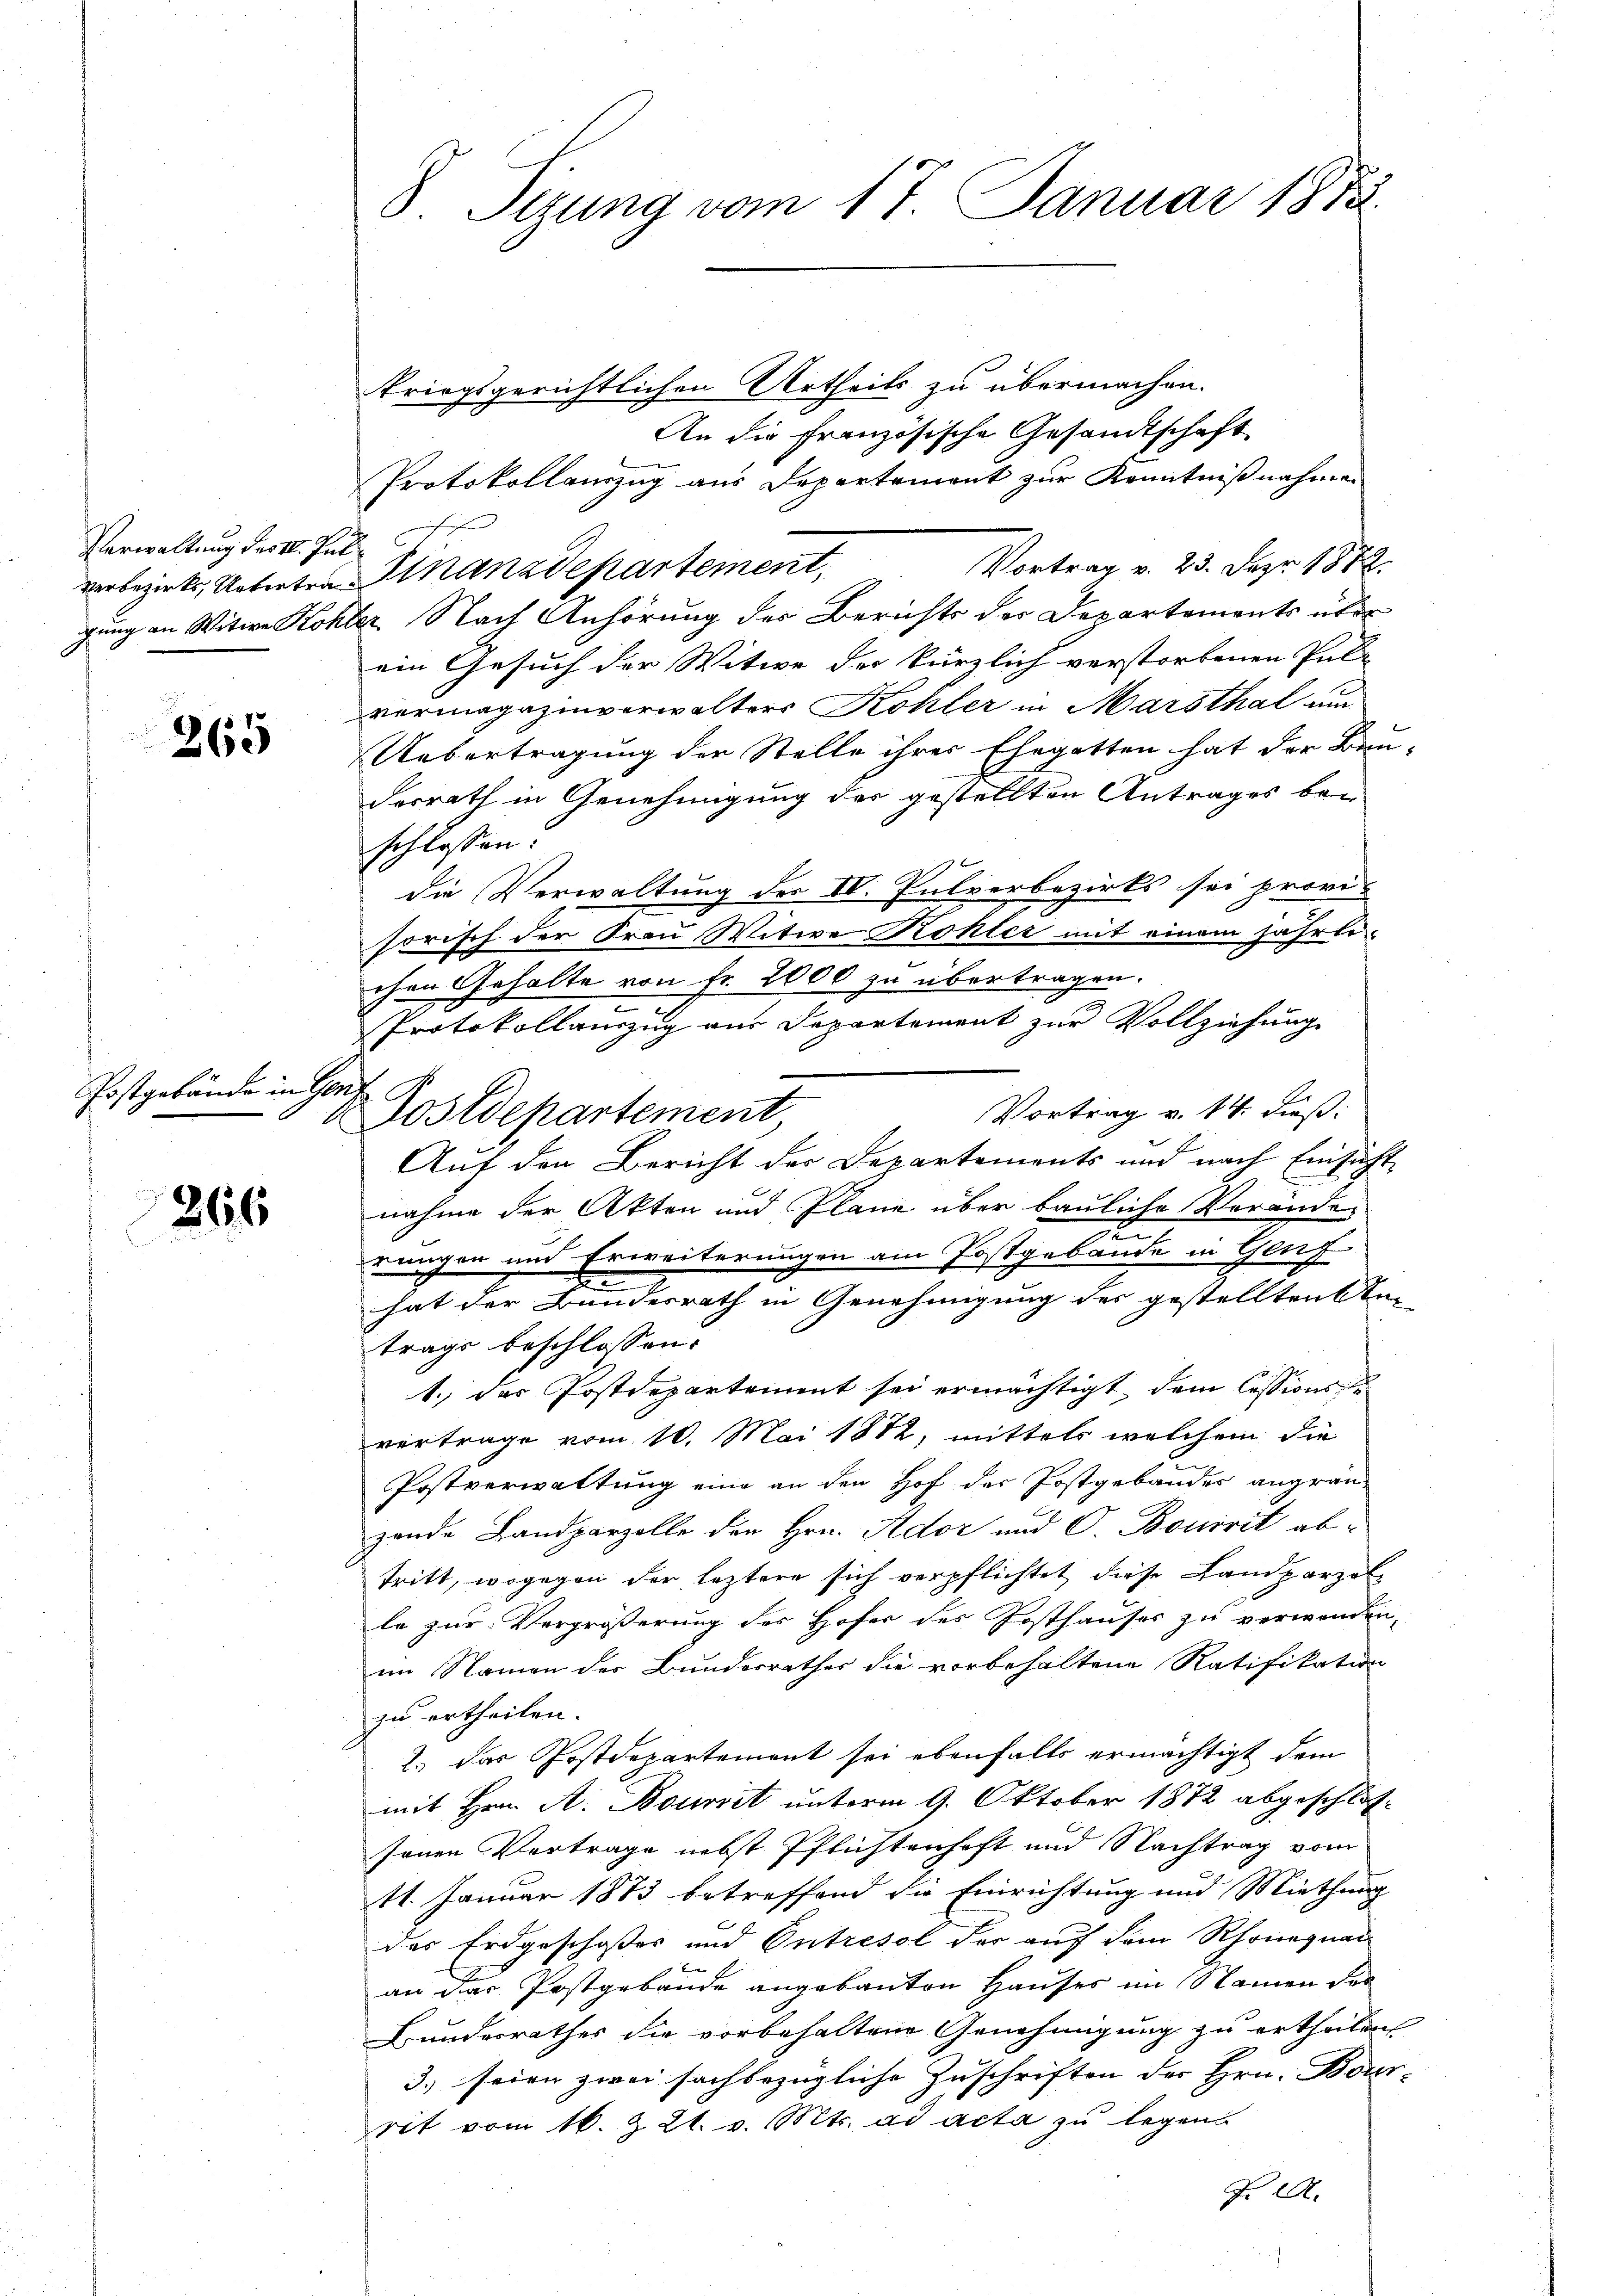
Verwaltung des II. Jul

265

Postgebände in Genfe

266

kriegsgerichtlichen Urtheils zu übermachen.
An die französische Gesandtschaft
Protokollanzug aus Departement zur Kenntnißnahmen
Vortrag v. 23. Sepr. 1882.
verbezirks, Untertra-Finanzdepartement,
gung an Witwe Kohler Nach Anhörung des Berichts der Departements über
ein Gesuch der Witwe der kürzlich verstorbenen Pul-
vermagazinverwalters Kohler in Marsthal um
Uebertragung der Stelle ihres Ehegatten hat der Bau-
desrath in Genehmigung der gestellten Antrages bei
schlossen:
die Verwaltung der IV. Pulverbezirks sei provi-
sorisch der Frau Witwe Kohler mit einem jährli
chen Gehalte von fr. 2000 zu übertragen.
Protokollauszug aus Departement zur Vollziehung
Vortrag v. 14. dieß:
Auf den Bericht der Departements und nach Einsicht
nahme der Akten und Pläne über bauliche Veränderungen und Erweiterungen am Postgebäude in Genf
hat der Bundesrath in Genehmigung des gestellten Stu-
trags beschlossen:
1. das Postdepartement sei ermächtigt, dem Cessionsle
vertrage vom 10. Mai 1882, mittels welchem die
Postverwaltung eine an den Hof der Postgebäudes angran-
zende Bandparzelle den Hrn. Ador und C. Bourrit ab-
tritt, wogegen der leztere sich verpflichtet, diese Landparzel
le zur Vergrößerung der Hofer des Josthauses zu verwanden,
im Namen der Bunderrathes die vorbehaltene Ratifikation
zu ertheilen.
2.) Das Postdepartement sei ebenfalls ermächtigt dem
mit Hrn. A. Bourist unterm 9. Oktober 1872 abgeschlossonen Vertrage nebst Pflichtenhaft und Nachtrag vom
11. Januar 1883 betreffend die Einrichtung und Miethung
des Erdgeschoses und Outresol der auf dem Rhonegnau
an der Postgebäude angebauten Hauses im Namen der
Bundesrathes die vorbehaltene Genehmigung zu ertheilen
3) seien zwei sachbezügliche Zuschriften des Hrn. Bour-
rit vom 16. & 21. v. Mts. ad acta zu legen
Z 14.

8 Sizung vom 17. Januar 1873.

Postdepartement,